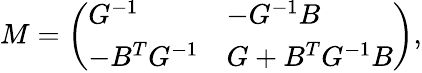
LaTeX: M=\left(\begin{array}{ll}{{G^{-1}}}&{{-G^{-1}B}}\\ {{-B^{T}G^{-1}}}&{{G+B^{T}G^{-1}B}}\end{array}\right),